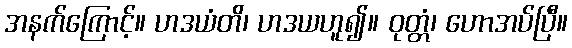
အနက်ကြောင့်။ ဟဒယံတိ၊ ဟဒယဟူ၍။ ဝုတ္တံ၊ ဟောအပ်ပြီ။